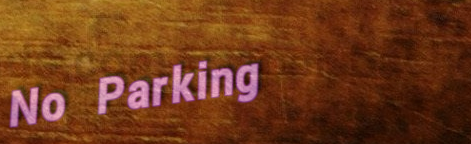
No Parking